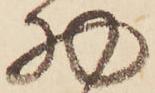
物